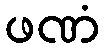
ဖဏံ